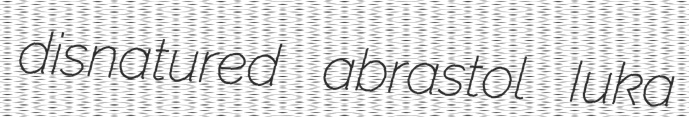
disnatured abrastol Iuka